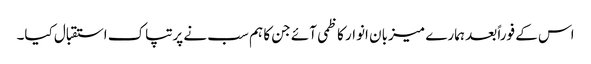
اس کے فوراً بعد ہمارے میزبان انوار کاظمی آئے جن کا ہم سب نے پرتپاک استقبال کیا۔